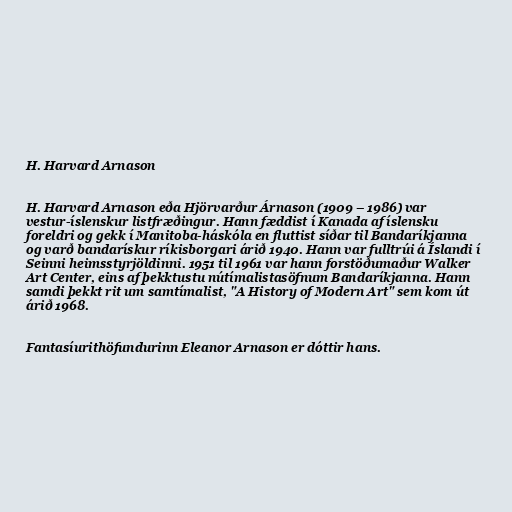
H. Harvard Arnason

H. Harvard Arnason eða Hjörvarður Árnason (1909 – 1986) var
vestur-íslenskur listfræðingur. Hann fæddist í Kanada af íslensku
foreldri og gekk í Manitoba-háskóla en fluttist síðar til Bandaríkjanna
og varð bandarískur ríkisborgari árið 1940. Hann var fulltrúi á Íslandi í
Seinni heimsstyrjöldinni. 1951 til 1961 var hann forstöðumaður Walker
Art Center, eins af þekktustu nútímalistasöfnum Bandaríkjanna. Hann
samdi þekkt rit um samtímalist, "A History of Modern Art" sem kom út
árið 1968.

Fantasíurithöfundurinn Eleanor Arnason er dóttir hans.